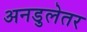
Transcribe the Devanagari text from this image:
अनडुलेतर